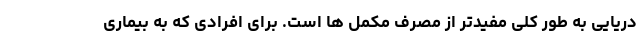
دریایی به طور کلی مفیدتر از مصرف مکمل ها است. برای افرادی که به بیماری